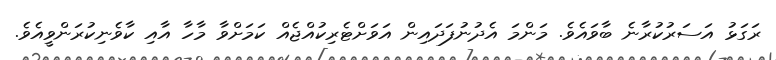
ރަގަޅު އަސަރުކުރާނެ ބާވައެވެ. މަންމަ އެދުނުފަދައިން އަވަށްޓެރިކުއްޖެއް ކަމަށްވާ މާހާ އާއި ކާވެނިކުރަންވީއެވެ.